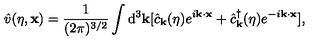
{ \hat { v } } ( \eta , { \bf x } ) = \frac { 1 } { ( 2 \pi ) ^ { 3 / 2 } } \int \mathrm { d } ^ { 3 } { \bf k } [ { \hat { c } } _ { \bf k } ( \eta ) e ^ { i { \bf k } \cdot { \bf x } } + { \hat { c } } _ { \bf k } ^ { \dagger } ( \eta ) e ^ { - i { \bf k } \cdot { \bf x } } ] ,